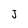
Character: J